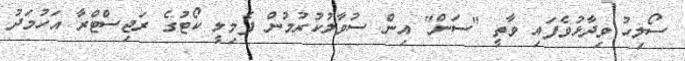
ސޯލިހު ވިދާޅުވެފައި ވާތީ "ސަން" އިން ސުވާލުކުރުމުން ފެމިލީ ކޯޓުގެ ރަޖިސްޓްރާ އަހުމަދު